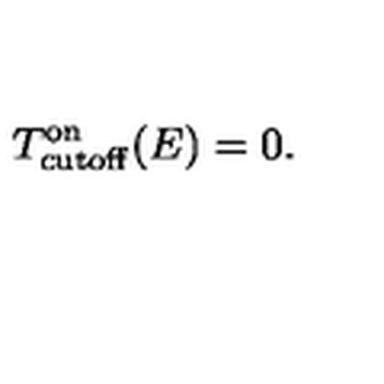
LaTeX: T _ { \mathrm { c u t o f f } } ^ { \mathrm { o n } } ( E ) = 0 .